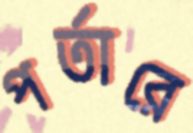
পর্তারে